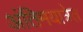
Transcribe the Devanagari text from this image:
अंतिमयात्रेत